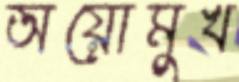
অয়োমুখ